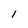
Character: 1